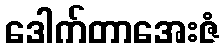
ဒေါက်တာအေးဇံ